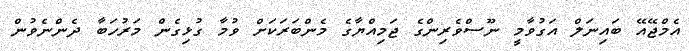
އެމްޖޭއޭ ބައިނަލް އަގުވާމީ ނޫސްވެރިންގެ ޖަމިއްޔާގެ މެންބަރަކަށް ވުމާ ގުޅިގެން މަރުހަބާ ދެންނެވުން